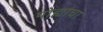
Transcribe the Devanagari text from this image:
पोह्यांचा